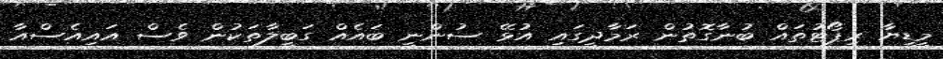
މީޑީޔާ ރިޕޯޓުތައް ބުނާގޮތުން ރަމާދީގައި އުޅޭ ސުންނީ ބައެއް ގަބީލާތަކުން ވެސް އައިއެސްއާ